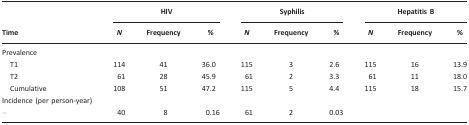
|  | <COLSPAN=3> HIV | <COLSPAN=3> Syphilis | <COLSPAN=3> Hepatitis B |
 | Time | N | Frequency | % | N | Frequency | % | N | Frequency | % |
 | --- | --- | --- | --- | --- | --- | --- | --- | --- | --- |
 | Prevalence |  |  |  |  |  |  |  |  |  |
 | T1 | 114 | 41 | 36.0 | 115 | 3 | 2.6 | 115 | 16 | 13.9 |
 | T2 | 61 | 28 | 45.9 | 61 | 2 | 3.3 | 61 | 11 | 18.0 |
 | Cumulative | 108 | 51 | 47.2 | 115 | 5 | 4.4 | 115 | 18 | 15.7 |
 | Incidence (per person-year) |  |  |  |  |  |  |  |  |  |
 | – | 40 | 8 | 0.16 | 61 | 2 | 0.03 |  |  |  |